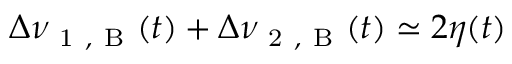
\Delta \nu _ { \mathrm { ~ 1 ~ , ~ B ~ } } ( t ) + \Delta \nu _ { \mathrm { ~ 2 ~ , ~ B ~ } } ( t ) \simeq 2 \eta ( t )